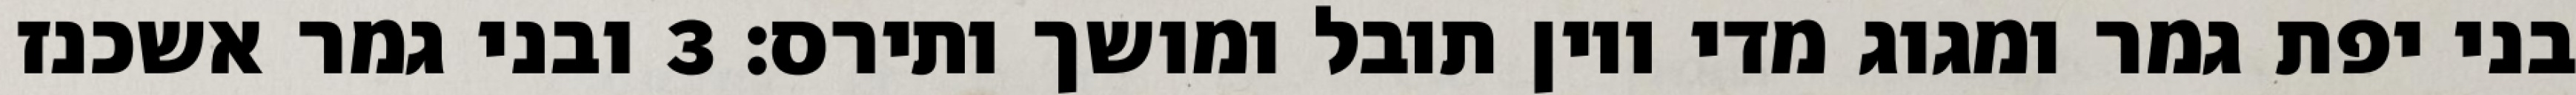
בני יפת גמר ומגוג מדי ויון תובל ומושך ותירס׃ ‎3‏ ובני גמר אשכנז